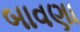
બાવણા